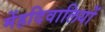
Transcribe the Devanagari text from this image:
मेंहदिवालियों